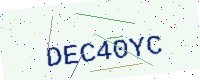
Text: DEC40YC